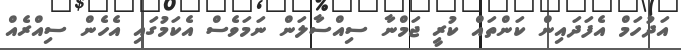
އަދުހަމް އެފަދައިން ކަންތައް ކުރީ ޖަމްނާ ސިއްސާލަން ނަމަވެސް އެކަމުގައި އެހެން ސިއްރެއް